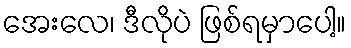
အေးလေ၊ ဒီလိုပဲ ဖြစ်ရမှာပေါ့။